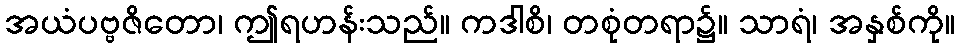
အယံပဗ္ဗဇိတော၊ ဤရဟန်းသည်။ ကဒါစိ၊ တစုံတရာ၌။ သာရံ၊ အနှစ်ကို။